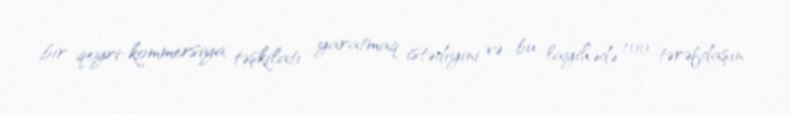
bir qeyri-kommersiya təşkilatı yaratmaq istədiyini və bu layihədə 100 tərəfdaşın